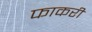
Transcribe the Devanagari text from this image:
फाकरी